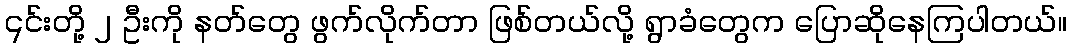
၎င်းတို့ ၂ ဦးကို နတ်တွေ ဖွက်လိုက်တာ ဖြစ်တယ်လို့ ရွာခံတွေက ပြောဆိုနေကြပါတယ်။